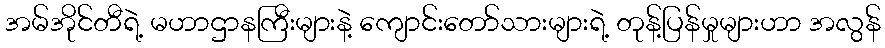
အမ်အိုင်တီရဲ့ မဟာဌာနကြီးများနဲ့ ကျောင်းတော်သားများရဲ့ တုန့်ပြန်မှုများဟာ အလွန်